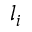
l _ { i }